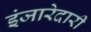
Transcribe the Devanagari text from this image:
इंजारेदारी